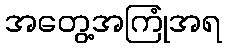
အတွေ့အကြုံအရ